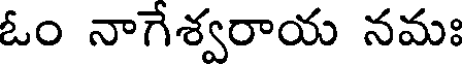
ఓం నాగేశ్వరాయ నమః